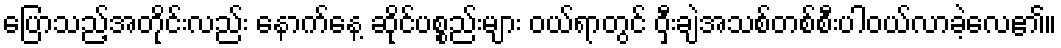
ပြောသည့်အတိုင်းလည်း နောက်နေ့ ဆိုင်ပစ္စည်းများ ဝယ်ရာတွင် ဝှီးချဲအသစ်တစ်စီးပါဝယ်လာခဲ့လေ၏။